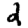
Digit: 2